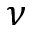
\nu